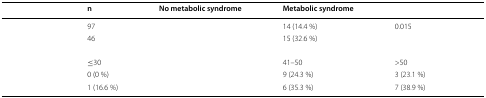
<table><thead><tr><td>[EMPTY_CELL]</td><td><b>n</b></td><td><b>No metabolic syndrome</b></td><td><b>Metabolic syndrome</b></td><td>[EMPTY_CELL]</td></tr></thead><tbody><tr><td>[EMPTY_CELL]</td><td>97</td><td>[EMPTY_CELL]</td><td>14 (14.4 %)</td><td rowspan="2">0.015</td></tr><tr><td>[EMPTY_CELL]</td><td>46</td><td>[EMPTY_CELL]</td><td>15 (32.6 %)</td></tr><tr><td colspan="5">[EMPTY_CELL]</td></tr><tr><td>[EMPTY_CELL]</td><td>≤30</td><td>[EMPTY_CELL]</td><td>41–50</td><td>&gt;50</td></tr><tr><td>[EMPTY_CELL]</td><td>0 (0 %)</td><td>[EMPTY_CELL]</td><td>9 (24.3 %)</td><td>3 (23.1 %)</td></tr><tr><td>[EMPTY_CELL]</td><td>1 (16.6 %)</td><td>[EMPTY_CELL]</td><td>6 (35.3 %)</td><td>7 (38.9 %)</td></tr></tbody></table>